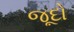
જૂદો